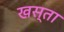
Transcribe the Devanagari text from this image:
खस्‍ता